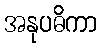
အနုပဓိကာ